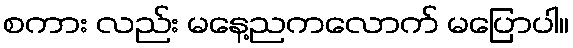
စကား လည်း မနေ့ညကလောက် မပြောပါ။